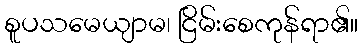
စူပသမေယျာမ၊ ငြိမ်းစေကုန်ရာ၏။